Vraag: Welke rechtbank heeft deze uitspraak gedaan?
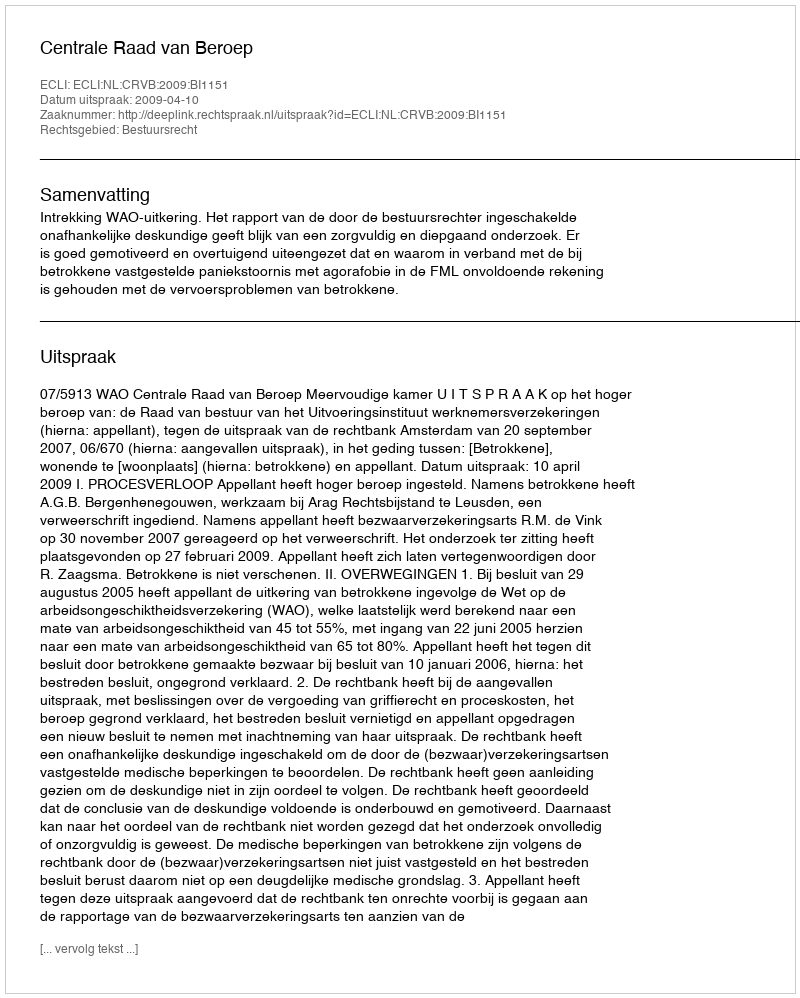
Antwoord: Centrale Raad van Beroep